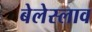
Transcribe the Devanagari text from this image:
बेलेस्लाव